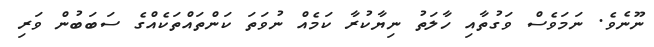
ނޫނެވެ. ނަމަވެސް ވަގުތާއި ހާލަތު ނިޔާކުރާ ކަމެއް ނުވަތަ ކަންތައްތަކެއްގެ ސަބަބުން ވަރި